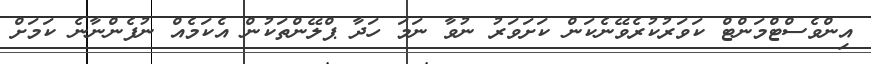
އިންވެސްޓްމަންޓް ކަވަރުކުރެވޭނެކަން ކަށަވަރު ނުވާ ނަމަ ހަދާ ޕްލޭންތަކުން އެކަމެއް ނުފެންނާނެ ކަމަށް